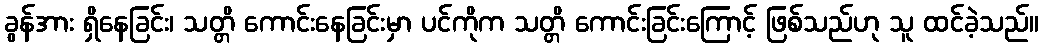
ခွန်အား ရှိနေခြင်း၊ သတ္တိ ကောင်းနေခြင်းမှာ ပင်ကိုက သတ္တိ ကောင်းခြင်းကြောင့် ဖြစ်သည်ဟု သူ ထင်ခဲ့သည်။